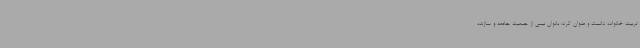
تربیت خانواده دانست و عنوان کرد: بانوان نیمی از جمعیت جامعه و سازنده